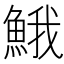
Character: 𩷦